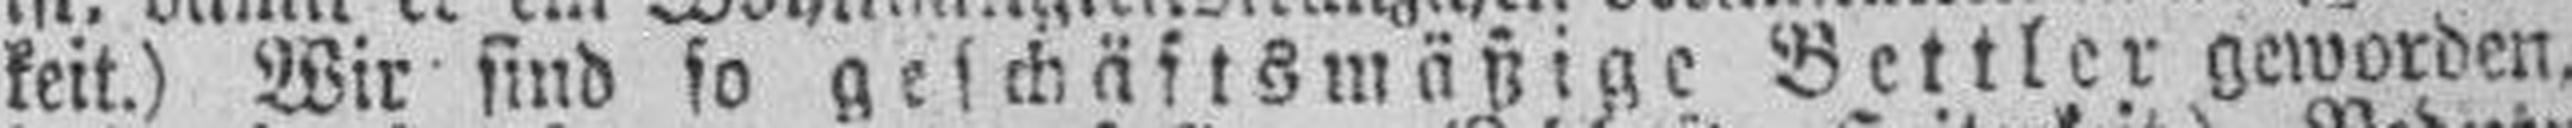
keit.) Wir sind so geschäftsmäßige Bettler geworden,